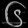
Digit: ၆